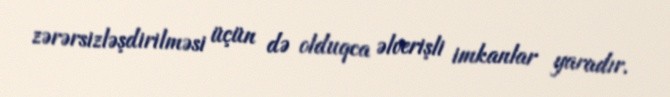
zərərsizləşdirilməsi üçün də olduqca əlverişli imkanlar yaradır.